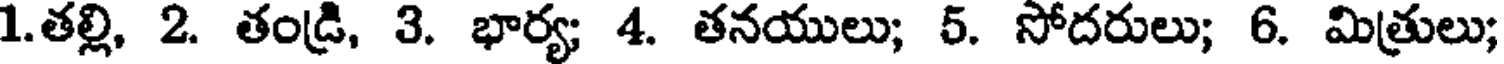
1.తల్లి, 2. తండ్రి, 3. భార్య; 4. తనయులు; 5. సోదరులు; 6. మిత్రులు;